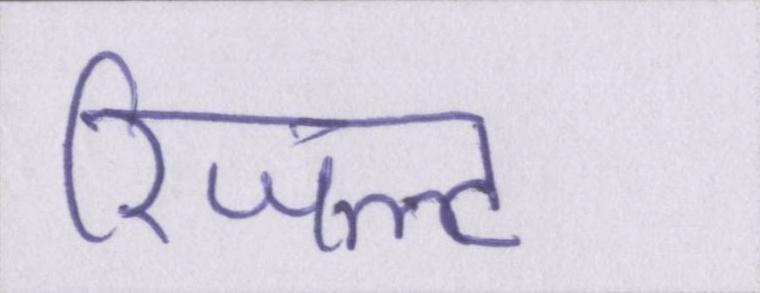
रिजल्ट